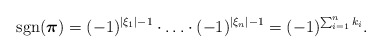
\begin{align*} \mathop{\mathrm{sgn}}(\boldsymbol{\pi})=(-1)^{\vert\xi_1\vert-1}\cdot\ldots\cdot(-1)^{\vert\xi_n\vert-1}=(-1)^{\sum_{i=1}^n k_i}.\end{align*}